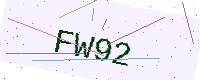
Text: FW92